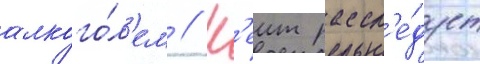
алкого́л'ем // К'еит рассл'е́дует